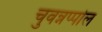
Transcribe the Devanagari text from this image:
चुवन्नप्पोल